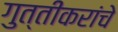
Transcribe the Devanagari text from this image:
गुत्तीकरांचे